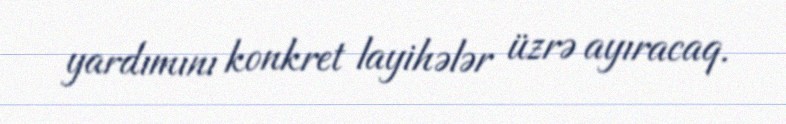
yardımını konkret layihələr üzrə ayıracaq.